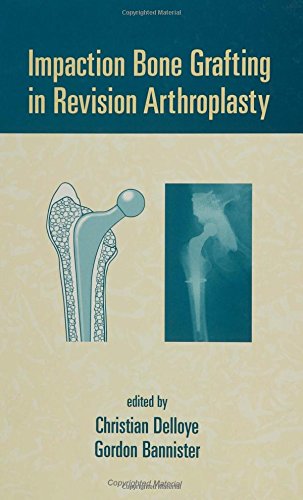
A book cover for Impaction Bone Grafting in Revision Arthroplasty; Medical Books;